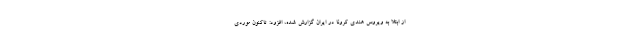
از ابتلا به ویروس هندی کرونا در ایران گزارش شده، افزود: تاکنون موردی